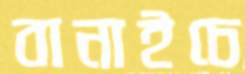
বানাইচে